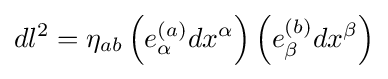
dl^{2}=\eta _{ab}\left(e_{\alpha }^{(a)}dx^{\alpha }\right)\left(e_{\beta }^{(b)}dx^{\beta }\right)